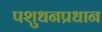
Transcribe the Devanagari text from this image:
पशुधनप्रधान